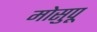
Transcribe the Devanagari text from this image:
मोसुपू